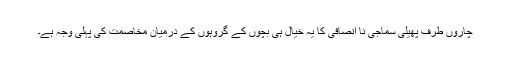
چاروں طرف پھیلی سماجی نا انصافی کا یہ خیال ہی بچوں کے گروہوں کے درمیان مخاصمت کی پہلی وجہ ہے۔